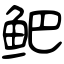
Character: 鲃